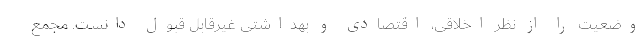
وضعیت را از نظر اخلاقی، اقتصادی و بهداشتی غیرقابل قبول دانست. مجمع